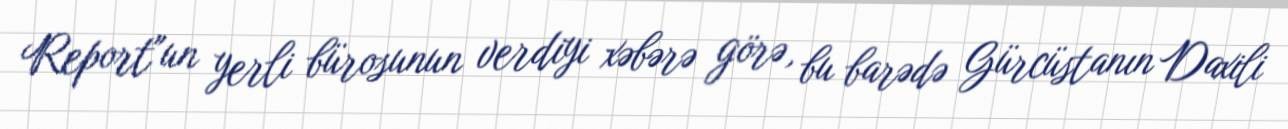
Report"un yerli bürosunun verdiyi xəbərə görə, bu barədə Gürcüstanın Daxili